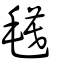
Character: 𣯳